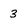
Character: 3